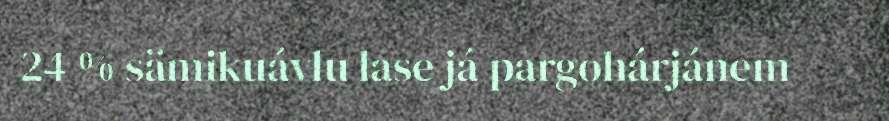
24 % sämikuávlu lase já pargohárjánem